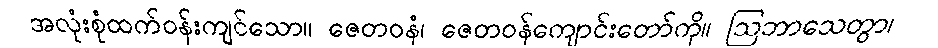
အလုံးစုံထက်ဝန်းကျင်သော။ ဇေတဝနံ၊ ဇေတဝန်ကျောင်းတော်ကို။ ဩဘာသေတွာ၊